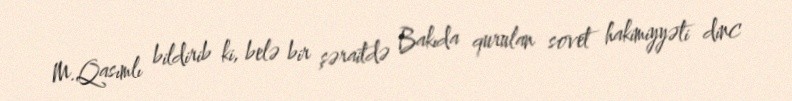
M.Qasımlı bildirib ki, belə bir şəraitdə Bakıda qurulan sovet hakimiyyəti dinc